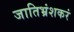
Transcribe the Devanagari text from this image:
जातिभ्रंशकरं